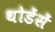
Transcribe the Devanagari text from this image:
थोडेंसें